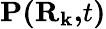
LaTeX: \mathbf{P(\mathbf{R}_{k},}t\mathbf{)}